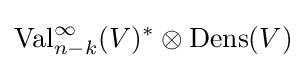
\operatorname {Val} _{n-k}^{\infty }(V)^{*}\otimes \operatorname {Dens} (V)